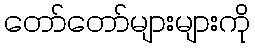
တော်တော်များများကို